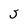
Character: J